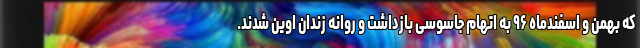
که بهمن و اسفندماه ۹۶ به اتهام جاسوسی بازداشت و روانه زندان اوین شدند.